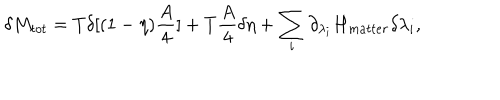
LaTeX: \delta M _ { t o t } = T \delta [ ( 1 - \eta ) { \frac { A } { 4 } } ] + T { \frac { A } { 4 } } \delta \eta + \sum _ { i } \partial _ { \lambda _ { i } } H _ { m a t t e r } \delta \lambda _ { i } ,